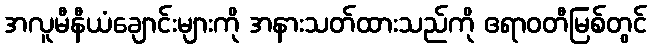
အလူမီနီယံချောင်းများကို အနားသတ်ထားသည်ကို ဧရာဝတီမြစ်တွင်